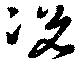
况